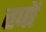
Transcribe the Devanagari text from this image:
तपों